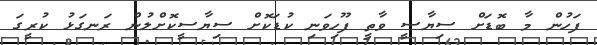
ފަހުން މާ ބޮޑަށް ސިޔާސީ ވާތީ ފޫހިވަނި ކުޑަކޮށް ސިޔާސީކޮށްލުން ރަނގަޅު ކުރީގަ